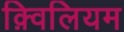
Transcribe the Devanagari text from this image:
क़्विलियम